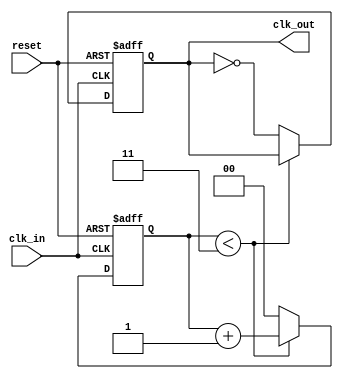
module clock_divider #(
    parameter integer div_factor = 4 // Division factor, must be a positive integer
) (
    input wire clk_in,
    input wire reset,
    output reg clk_out
);

    // Internal counter
    reg [$clog2(div_factor)-1:0] count; // Counter width based on div_factor

    // Reset and counting logic
    always @(posedge clk_in or posedge reset) begin
        if (reset) begin
            count <= 0;
            clk_out <= 0; // Initialize output clock
        end else begin
            if (count < div_factor - 1) begin
                count <= count + 1; // Increment counter
            end else begin
                clk_out <= ~clk_out; // Toggle output clock
                count <= 0; // Reset counter
            end
        end
    end

endmodule